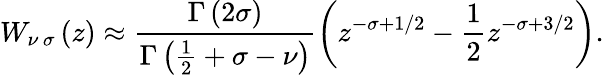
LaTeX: W_{\nu\, \sigma}\left(z\right)\approx\frac{\Gamma\left(2\sigma\right)}{\Gamma\left(\frac{1}{2}+\sigma-\nu\right)}\left(z^{-\sigma+1/2}-\frac{1}{2}z^{-\sigma+3/2}\right).